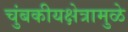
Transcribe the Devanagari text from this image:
चुंबकीयक्षेत्रामुळे